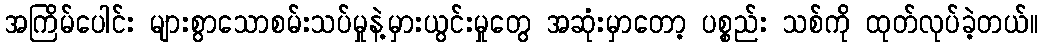
အကြိမ်ပေါင်း များစွာသောစမ်းသပ်မှုနဲ့မှားယွင်းမှုတွေ အဆုံးမှာတော့ ပစ္စည်း သစ်ကို ထုတ်လုပ်ခဲ့တယ်။